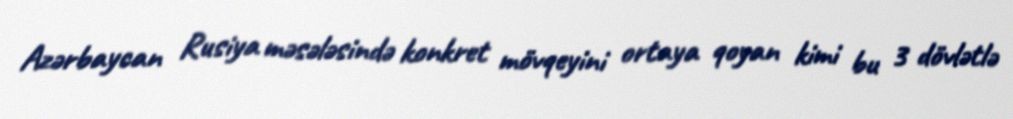
Azərbaycan Rusiya məsələsində konkret mövqeyini ortaya qoyan kimi bu 3 dövlətlə